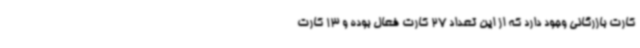
کارت بازرگانی وجود دارد که از این تعداد 27 کارت فعال بوده و 13 کارت